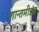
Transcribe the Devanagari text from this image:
शान्तमीड्यं